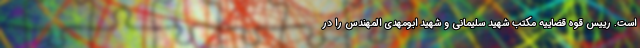
است. رییس قوه قضاییه مکتب شهید سلیمانی و شهید ابومهدی المهندس را در